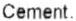
CEMENT.